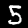
Digit: 5